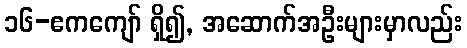
၁၆-ဧကကျော် ရှိ၍, အဆောက်အဦးများမှာလည်း